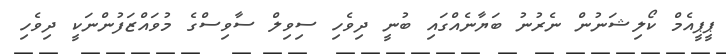
ޕީޕީއެމް ކޯލިޝަނުން ނެރުނު ބަޔާނެއްގައި ބުނީ ދިވެހި ސިވިލް ސާވިސްގެ މުވައްޒަފުންނަކީ ދިވެހި